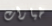
خيارات